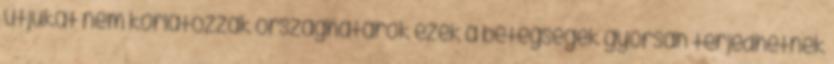
útjukat nem korlátozzák országhatárok ezek a betegségek gyorsan terjedhetnek